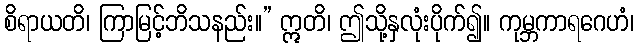
စိရာယတိ၊ ကြာမြင့်ဘိသနည်း။” ဣတိ၊ ဤသို့နှလုံးပိုက်၍။ ကုမ္ဘကာရဂေဟံ၊